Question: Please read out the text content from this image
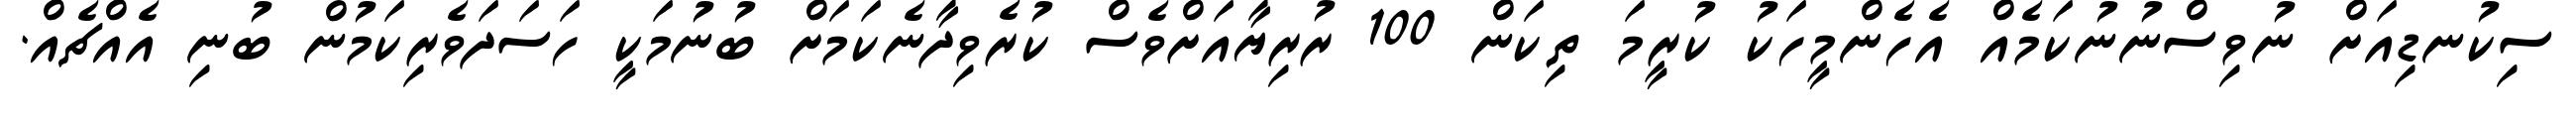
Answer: ސިކުނޑިއަށް ނުވިސްނުނުކަމެއް އެހެންމީހަކު ކުރީމަ ތިކަން 100 ރުރިޔާއަށްވެސް ކުރެވިދާނެކަމަށް ބުނުމަކީ ހަސަދަވެރިކަމުން ބުނި އެއްޗެއް.